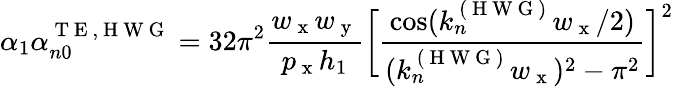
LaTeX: \alpha_{1}\alpha_{n0}^{\mathrm{~T~E~,~H~W~G~}}=32\pi^{2}\frac{w_{\mathrm{~x~}}w_{\mathrm{~y~}}}{p_{\mathrm{~x~}}h_{1}}\bigg[\frac{\cos(k_{n}^{\mathrm{~(~H~W~G~)~}}w_{\mathrm{~x~}}/2)}{(k_{n}^{\mathrm{~(~H~W~G~)~}}w_{\mathrm{~x~}})^{2}-\pi^{2}}\bigg]^{2}